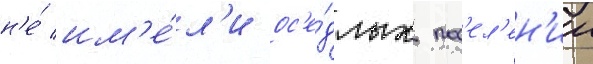
н'е́ им'е́л'и ос'е́длых пос'ел'ен'ии